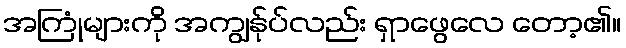
အကြုံများကို အကျွန်ုပ်လည်း ရှာဖွေလေ တော့၏။